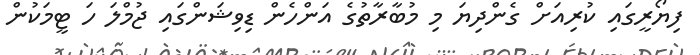
ފިޔޯރީގައި ކުރިއަށް ގެންދިޔަ މި މުބާރާތުގެ އަންހެން ޑިވިޝަންގައި ޖުމްލަ ހަ ޓީމަކުން